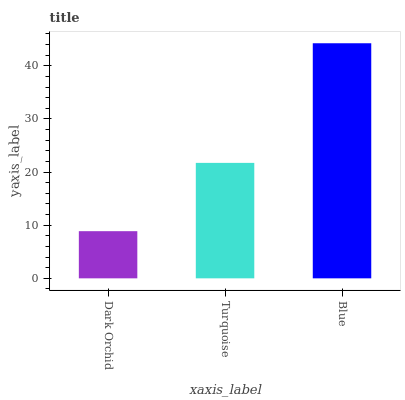
| xaxis_label | bars |
 | --- | --- |
 | Dark Orchid | 8.87 |
 | Turquoise | 21.7 |
 | Blue | 44.2 |